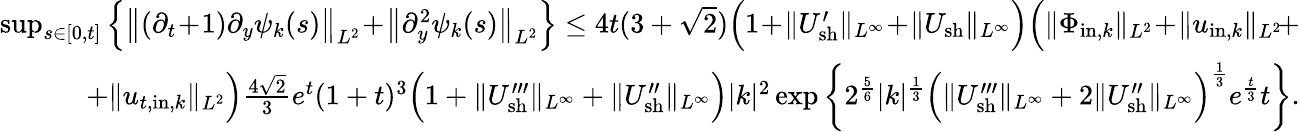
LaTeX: \begin{array}{r}{\operatorname*{sup}_{s\in[0,t]}\Big\{ \big\| (\partial_{t}\! +\! 1)\partial_{y}\psi_{k}(s)\big\| _{L^{2}}\! +\! \big\| \partial_{y}^{2}\psi_{k}(s)\big\| _{L^{2}}\Big\} \leq 4t(3+\sqrt{2})\Big(1\! +\! \| U_{\mathrm{sh}}^{\prime}\| _{L^{\infty}}\! +\! \| U_{\mathrm{sh}}\| _{L^{\infty}}\Big)\Big(\| \Phi_{\mathrm{in},k}\| _{L^{2}}\! +\! \| u_{\mathrm{in},k}\| _{L^{2}}\! +}\\ {+\| u_{t,\mathrm{in},k}\| _{L^{2}}\Big)\frac{4\sqrt{2}}{3}e^{t}(1+t)^{3}\Big(1+\| U_{\mathrm{sh}}^{\prime\prime\prime}\| _{L^{\infty}}+\| U_{\mathrm{sh}}^{\prime\prime}\| _{L^{\infty}}\Big)|k|^{2}\exp\bigg\{ 2^{\frac{5}{6}}|k|^{\frac{1}{3}}\Big(\| U_{\mathrm{sh}}^{\prime\prime\prime}\| _{L^{\infty}}+2\| U_{\mathrm{sh}}^{\prime\prime}\| _{L^{\infty}}\Big)^{\frac{1}{3}}e^{\frac{t}{3}}t\bigg\} .}\end{array}